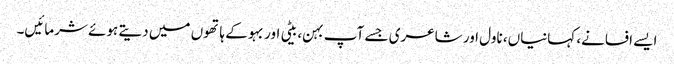
ایسے افسانے، کہانیاں، ناول اور شاعری جسے آپ بہن، بیٹی اور بہو کے ہاتھوں میں دیتے ہوئے شرمائیں۔